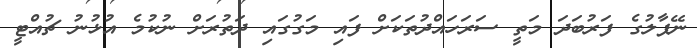
ނޭޕާލުގެ ފަރުބަދަ މަތީ ސަރަހައްދުތަކަށް ފައި މަގުގައި ދަތުރަށް ނުކުމެ އުޅުނު ޗުއްޓީ